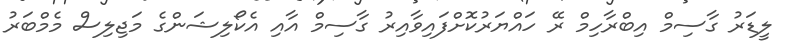
ލީޑަރު ގާސިމް އިބްރާހިމް ރޭ ހައްޔަރުކޮށްފައިވާއިރު ގާސިމް އާއި އެކޯލިޝަންގެ މަޖިލިސް މެމްބަރު